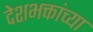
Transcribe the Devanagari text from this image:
देशभक्तांच्या